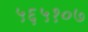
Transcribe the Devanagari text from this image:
५६५१०७